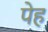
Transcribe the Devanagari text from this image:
पेह